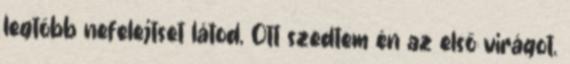
legtöbb nefelejtset látod, Ott szedtem én az első virágot.